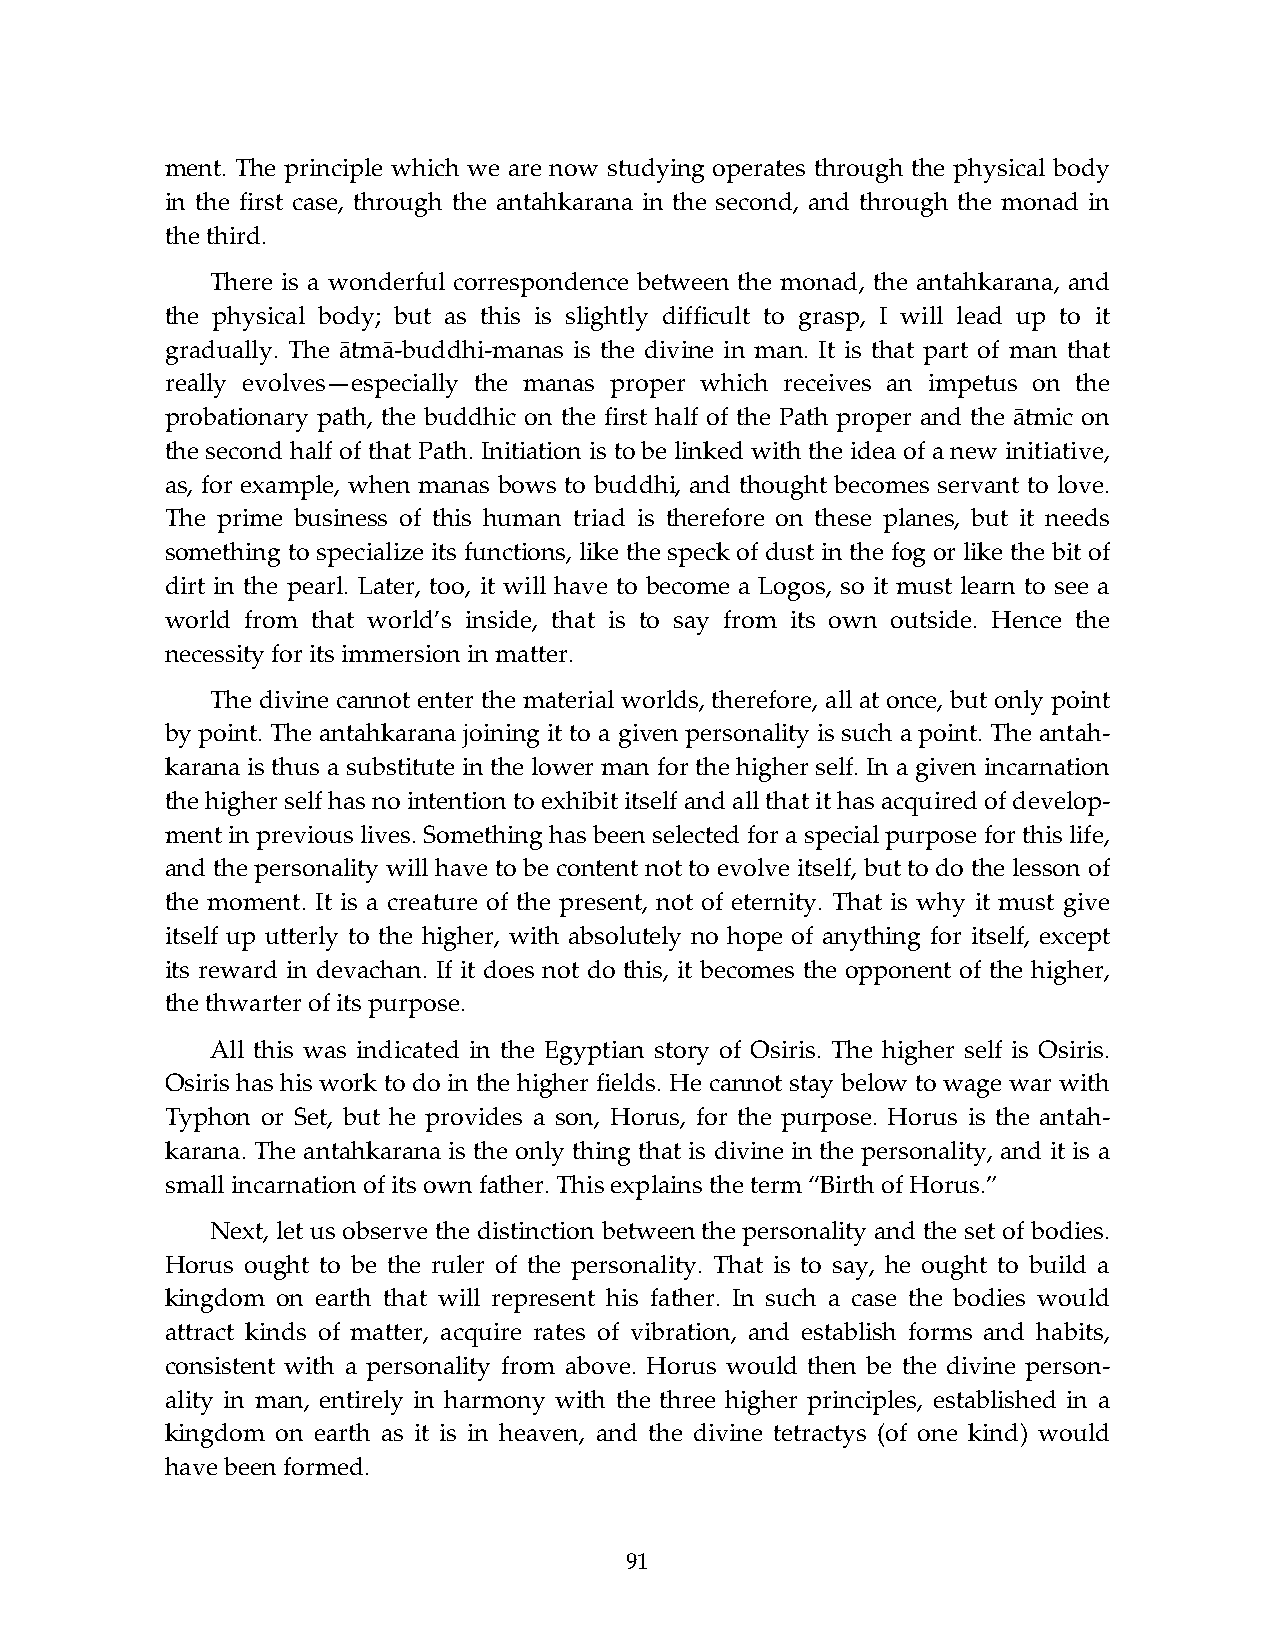
ment. The principle which we are now studying operates through the physical body
 in the first case, through the antahkarana in the second, and through the monad in
 the third.
 There is a wonderful correspondence between the monad, the antahkarana, and
 the physical body; but as this is slightly difficult to grasp, I will lead up to it
 gradually. The ātmā-buddhi-manas is the divine in man. It is that part of man that
 really evolves—especially the manas proper which receives an impetus on the
 probationary path, the buddhic on the first half of the Path proper and the ātmic on
 the second half of that Path. Initiation is to be linked with the idea of a new initiative,
 as, for example, when manas bows to buddhi, and thought becomes servant to love.
 The prime business of this human triad is therefore on these planes, but it needs
 something to specialize its functions, like the speck of dust in the fog or like the bit of
 dirt in the pearl. Later, too, it will have to become a Logos, so it must learn to see a
 world from that world’s inside, that is to say from its own outside. Hence the
 necessity for its immersion in matter.
 The divine cannot enter the material worlds, therefore, all at once, but only point
 by point. The antahkarana joining it to a given personality is such a point. The antah-
 karana is thus a substitute in the lower man for the higher self. In a given incarnation
 the higher self has no intention to exhibit itself and all that it has acquired of develop-
 ment in previous lives. Something has been selected for a special purpose for this life,
 and the personality will have to be content not to evolve itself, but to do the lesson of
 the moment. It is a creature of the present, not of eternity. That is why it must give
 itself up utterly to the higher, with absolutely no hope of anything for itself, except
 its reward in devachan. If it does not do this, it becomes the opponent of the higher,
 the thwarter of its purpose.
 All this was indicated in the Egyptian story of Osiris. The higher self is Osiris.
 Osiris has his work to do in the higher fields. He cannot stay below to wage war with
 Typhon or Set, but he provides a son, Horus, for the purpose. Horus is the antah-
 karana. The antahkarana is the only thing that is divine in the personality, and it is a
 small incarnation of its own father. This explains the term “Birth of Horus.”
 Next, let us observe the distinction between the personality and the set of bodies.
 Horus ought to be the ruler of the personality. That is to say, he ought to build a
 kingdom on earth that will represent his father. In such a case the bodies would
 attract kinds of matter, acquire rates of vibration, and establish forms and habits,
 consistent with a personality from above. Horus would then be the divine person-
 ality in man, entirely in harmony with the three higher principles, established in a
 kingdom on earth as it is in heaven, and the divine tetractys (of one kind) would
 have been formed.
 91